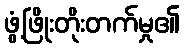
ဖွံ့ဖြိုးတိုးတက်မှု၏